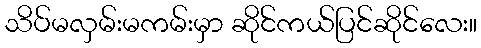
သိပ်မလှမ်းမကမ်းမှာ ဆိုင်ကယ်ပြင်ဆိုင်လေး။